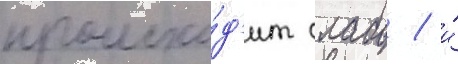
происхо́д'ит слабо / и́